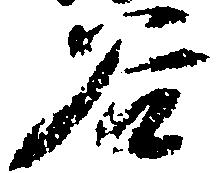
谷